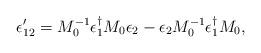
LaTeX: \begin{align*}\epsilon'_{12} = M_0^{-1} \epsilon_1^{\dagger} M_0 \epsilon_2-\epsilon_2 M_0^{-1}\epsilon_1^{\dagger} M_0,\end{align*}